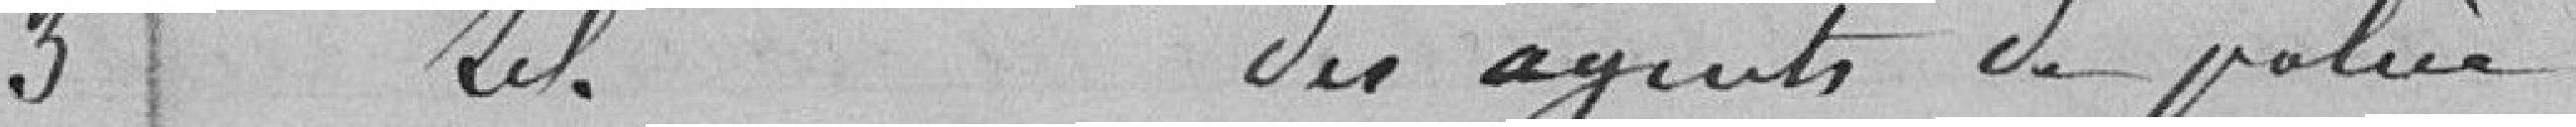
3 Traitement des agents de police